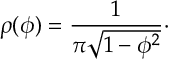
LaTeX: \rho ( \phi ) = { \frac { 1 } { \pi \sqrt { 1 - \phi ^ { 2 } } } } \cdotp